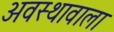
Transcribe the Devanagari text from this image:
अवस्थावाला